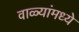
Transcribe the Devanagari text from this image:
वाळ्यांमध्ये